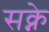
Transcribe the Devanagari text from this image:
सक्ने